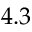
4 . 3